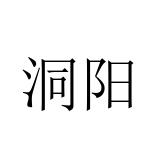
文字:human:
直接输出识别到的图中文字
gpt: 洞阳